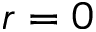
r = 0